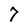
Character: 7